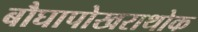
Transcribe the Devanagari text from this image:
बौघापोखराथोक